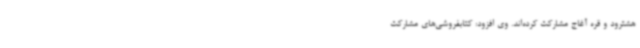
هشترود و قره آغاج مشارکت کرده‌اند. وی افزود: کتابفروشی‌های مشارکت